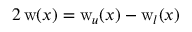
2 \, \mathrm { w } ( x ) = \mathrm { w } _ { u } ( x ) - \mathrm { w } _ { l } ( x )